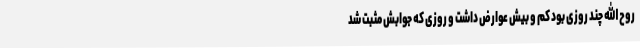
روح الله چند روزی بود کم و بیش عوارض داشت و روزی که جوابش مثبت شد